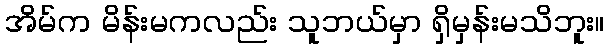
အိမ်က မိန်းမကလည်း သူဘယ်မှာ ရှိမှန်းမသိဘူး။